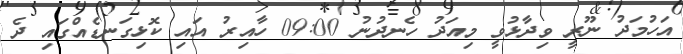
އަހުމަދު ނޫރީ ވިދާޅުވީ މިއަދު ހެނދުނު 09:00 ހާއިރު އައި ކޮޅިގަނޑެއްގައި ދެ